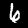
Label: 6